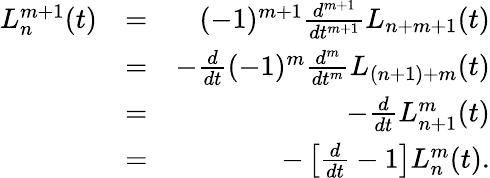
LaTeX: \begin{array}{rlr}{L_{n}^{m+1}(t)}&{=}&{(-1)^{m+1}\frac{d^{m+1}}{dt^{m+1}}L_{n+m+1}(t)}\\ &{=}&{-\frac{d}{dt}(-1)^{m}\frac{d^{m}}{dt^{m}}L_{(n+1)+m}(t)}\\ &{=}&{-\frac{d}{dt}L_{n+1}^{m}(t)}\\ &{=}&{-\left[\frac{d}{dt}-1\right]L_{n}^{m}(t).}\end{array}